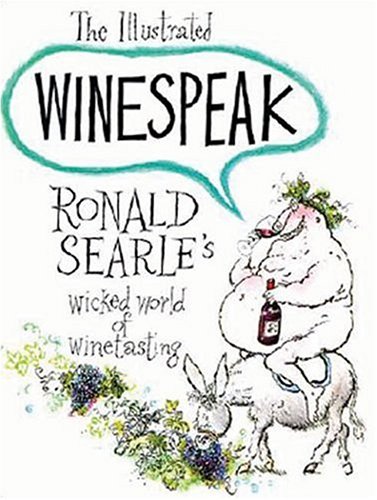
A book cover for The Illustrated Winespeak: Ronald SearleEEs Wicked World of Winetasting; Ronald Searle; Humor & Entertainment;